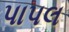
પાપલ